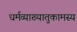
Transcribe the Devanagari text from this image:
धर्मव्याख्यातुकामस्य